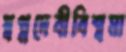
স্বপ্নদেবীবিশ্বমা